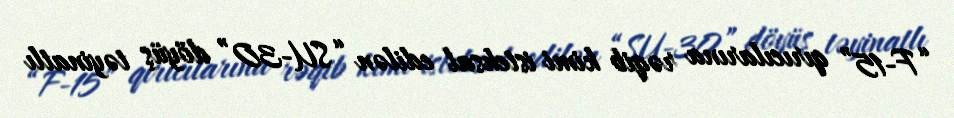
“F-15” qırıcılarına rəqib kimi istehsal edilən “SU-30” döyüş təyinatlı